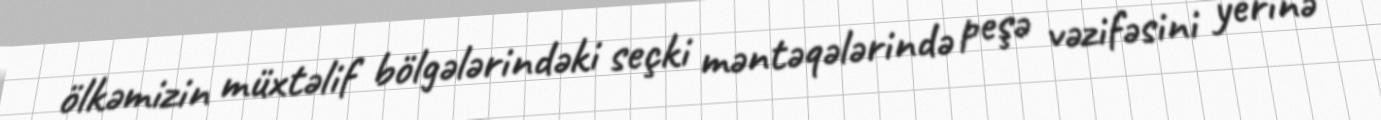
ölkəmizin müxtəlif bölgələrindəki seçki məntəqələrində peşə vəzifəsini yerinə